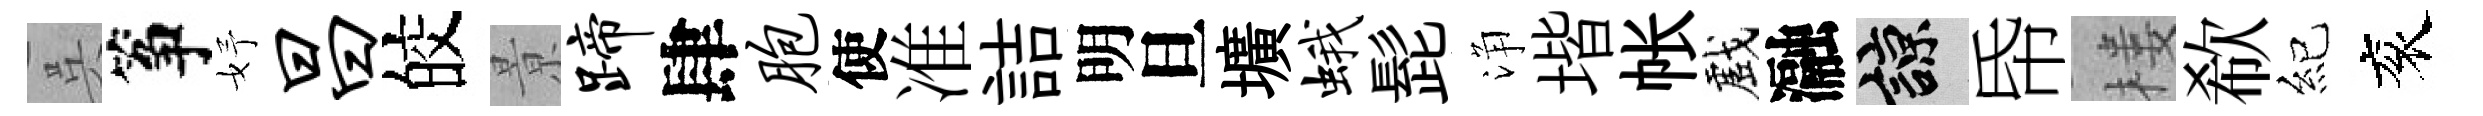
呉筝妤昌皎㬌蹄肆胞使准詰明旦壙蛾髭浄堦帐戲瀜諒帋楼欷紀衮